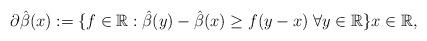
LaTeX: \begin{align*}\partial \hat{\beta}(x) := \{ f \in \mathbb{R} : \hat{\beta}(y) - \hat{\beta}(x) \geq f(y-x) \; \forall y \in \mathbb{R} \} x \in \mathbb{R},\end{align*}